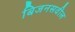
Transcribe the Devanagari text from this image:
बिजनसवील